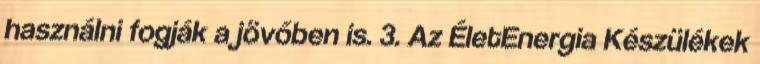
használni fogják a jövőben is. 3. Az ÉletEnergia Készülékek